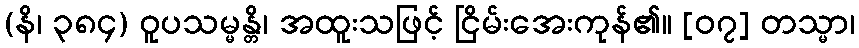
(နိ၊ ၃၈၄) ဝူပသမ္မန္တိ၊ အထူးသဖြင့် ငြိမ်းအေးကုန်၏။ [၀၇] တသ္မာ၊